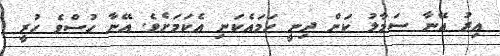
އިރު އޭނާ ސަމާލު ކަން ދިނީ ހަމައެކަނި އެކަމަށެވެ. އޭނާ ހުސްވެ ހުރީ